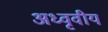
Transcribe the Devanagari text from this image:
अध्वृवीय